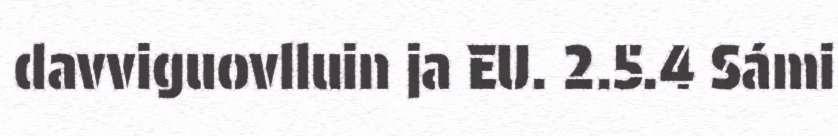
davviguovlluin ja EU. 2.5.4 Sámi